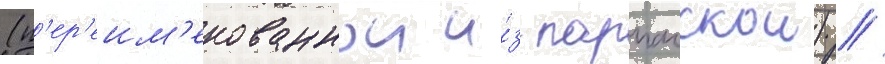
(п'ер'еим'енованнои и́з парпачскои) //